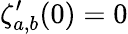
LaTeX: \zeta_{a,b}^{\prime}(0)=0